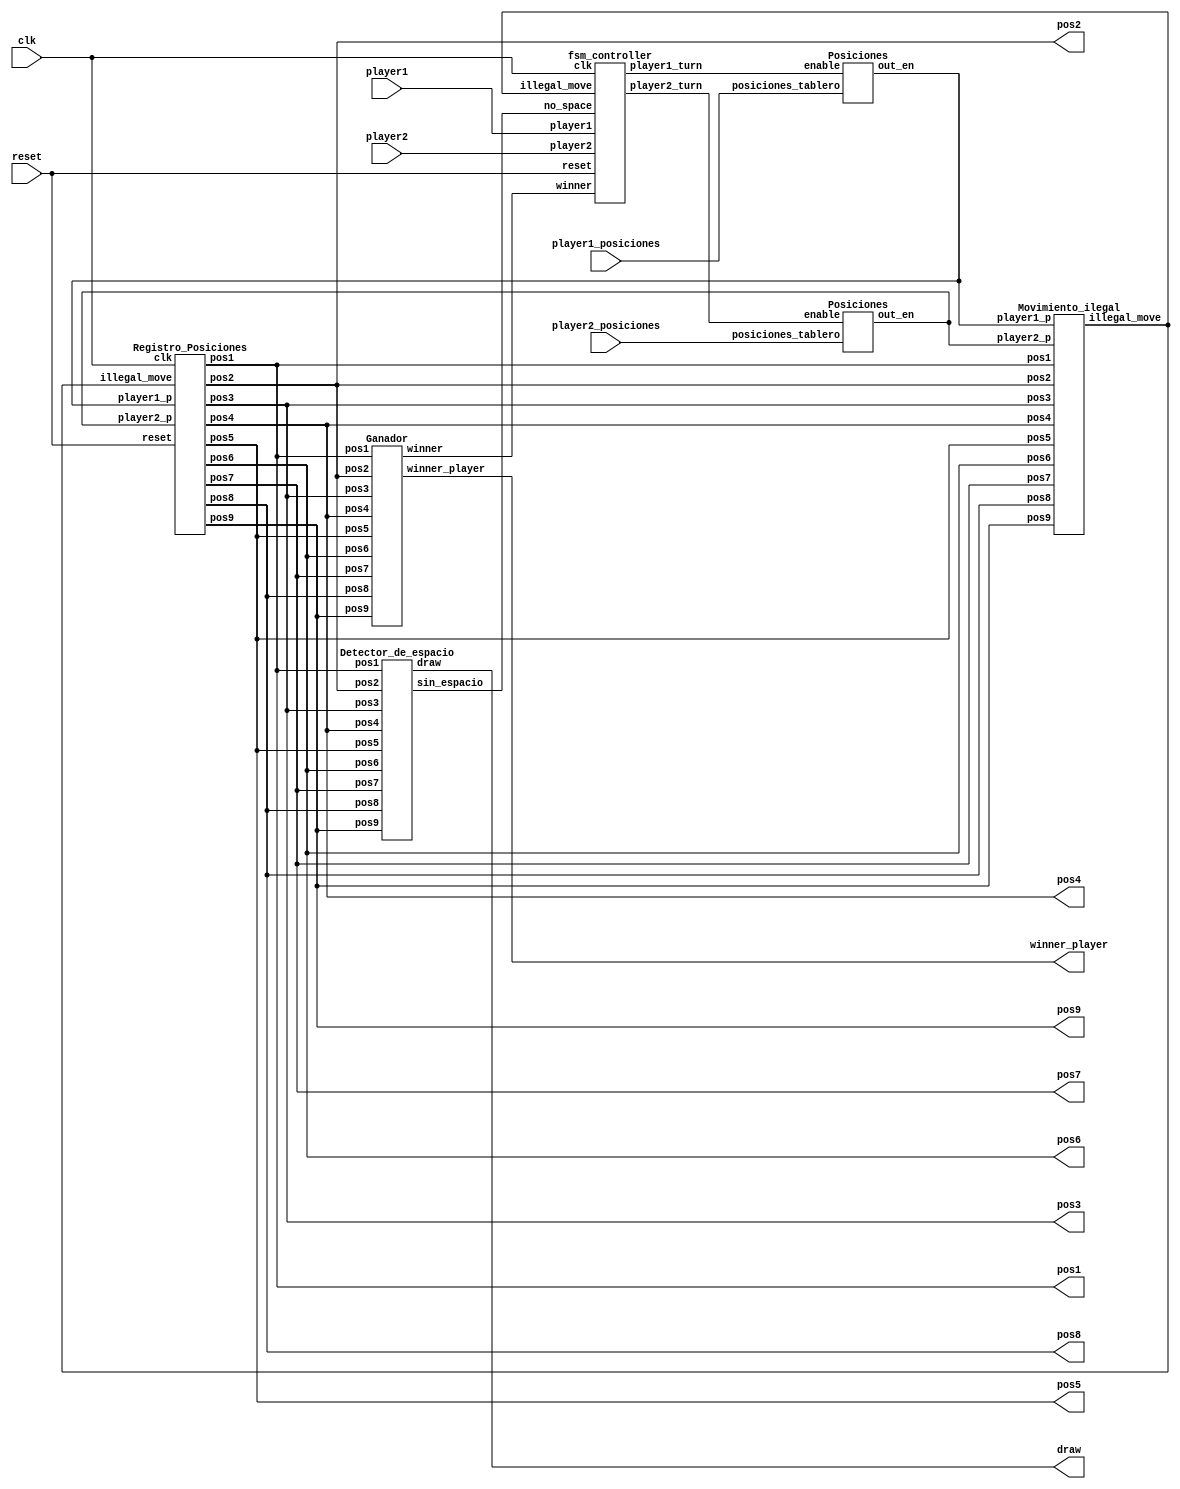
module TicTacToe(
    input clk,
    input reset, //boton reset
    input player1, //boton para que el player1 juegue
    input player2, //boton para que el player2 juegue
    input [8:0] player1_posiciones, 
    input [8:0] player2_posiciones,
    output [1:0] pos1,
    output [1:0] pos2,
    output [1:0] pos3,
    output [1:0] pos4,
    output [1:0] pos5,
    output [1:0] pos6,
    output [1:0] pos7,
    output [1:0] pos8,
    output [1:0] pos9,
    output [1:0] winner_player,
    output wire draw
);

    wire [8:0] player1_posicionesp;
    wire [8:0] player2_posicionesp;
    wire illegal_move;
    wire winner;
    wire player1_turn;
    wire player2_turn;
    wire sin_espacio;

    Registro_Posiciones registro_pos(
        clk,
        reset,
        illegal_move,
        player1_posicionesp,
        player2_posicionesp,
        pos1,
        pos2,
        pos3,
        pos4,
        pos5,
        pos6,
        pos7,
        pos8,
        pos9
    );

    Ganador ganador(
        pos1, pos2,pos3,pos4,pos5,pos6,pos7,pos8,pos9, winner, winner_player
    );

    Posiciones p1_decodificar (player1_posiciones, player1_turn, player1_posicionesp );

    Posiciones p2_decodificador (player2_posiciones, player2_turn, player2_posicionesp);

    Movimiento_ilegal mov_ilegal (pos1, pos2, pos3, pos4, pos5, pos6, pos7, pos8, pos9, 
                                    player1_posicionesp, player2_posicionesp, illegal_move);

    Detector_de_espacio de (pos1,pos2,pos3,pos4,pos5,pos6,pos7,pos8,pos9,sin_espacio,draw);
    fsm_controller maquina_estado( 
        reset,
        clk,
        player1,
        player2,
        illegal_move,
        sin_espacio,
        winner,
        player1_turn,
        player2_turn
    );

endmodule // TicTacToe

//fsm original
module fsm_controller(
    input reset,
    input clk,
    player1, 
    player2,
    illegal_move,
    no_space, 
    winner, 
    output reg player1_turn,
    player2_turn 
);
    // los estados del juego 
    parameter IDLE=2'b00;
    parameter PLAYER1=2'b01;
    parameter PLAYER2=2'b10;
    parameter GAME_DONE=2'b11;
    reg[1:0] curr_state, next_state;
    // Logica de estados 
    always @(posedge clk or posedge reset) 
    begin 
        if(reset)
        curr_state <= IDLE;
        else 
        curr_state <= next_state;
    end 
    // next state 
    always @(*)
    begin
        case(curr_state)
            IDLE: begin 
                if(reset==1'b0 && player1 == 1'b1)
                    next_state <= PLAYER1; 
                else 
                    next_state <= IDLE;
                    player1_turn <= 1'b0;
                    player2_turn <= 1'b0;
            end 
            PLAYER1:begin 
                player1_turn <= 1'b1;
                player2_turn <= 1'b0;
                if(illegal_move==1'b0)
                    next_state <= PLAYER2; 
                else 
                    next_state <= IDLE;
            end 
            PLAYER2:begin 
                player1_turn <= 1'b0;
                if(player2==1'b0) begin 
                    next_state <= PLAYER2;
                    player2_turn <= 1'b0;
                end
                else if(winner==1'b0 && no_space == 1'b0)
                begin 
                    next_state <= IDLE;
                    player2_turn <= 1'b1;
                end 
                else if(no_space == 1 || winner ==1'b1)
                begin 
                    next_state <= GAME_DONE; 
                    player2_turn <= 1'b1;
                end  
            end 
            GAME_DONE:begin // game done
                player1_turn <= 1'b0;
                player2_turn <= 1'b0; 
                if(reset==1'b1) 
                    next_state <= IDLE;// reset the game to IDLE 
                else 
                    next_state <= GAME_DONE;  
            end 
            default: next_state <= IDLE; 
        endcase
    end
endmodule 

//Registro de las posiciones

module Registro_Posiciones (
    input clk,
    input reset,
    input illegal_move,
    input [8:0] player1_p,
    input [8:0] player2_p,
    output reg [1:0] pos1, 
    output reg [1:0] pos2, 
    output reg [1:0] pos3, 
    output reg [1:0] pos4, 
    output reg [1:0] pos5, 
    output reg [1:0] pos6, 
    output reg [1:0] pos7, 
    output reg [1:0] pos8, 
    output reg [1:0] pos9
);
/*  Se debe evaluar si ha se ha apretado el boton de reset o si es un movimiento ilegal
    si no es movimiento ilegal entonces se evalua si el que juega es el player1 o el player2
    y en que posicion quiere jugar, luego se registra 01 cuando es player1 o 10 cuando es player2.
    hay que hacer esto por cada posicion (cada bit dentro del arreglo de 9 bits para p1 y p2), 
    es ac donde son utiles las seales del decodificador.
*/
//posicion 1
always @ (posedge clk or posedge reset)
begin
    if(reset)
        pos1 <= 2'b00;
    else 
        begin
            if(illegal_move == 1'b1)
                pos1 <= pos1; // se mantiene la posicion si es movimiento ilegal
            else if(player1_p[0] == 1'b1 )//si el bit en esta posicion del player1 esta encendido...
                pos1 <= 2'b01;
            else if (player2_p[0] == 1'b1)//si el bit en esta posicion del player2 esta encendido...
                pos1 <= 2'b10;
            else
                pos1 <= pos1;
        end
end

//posicion 2
always @ (posedge clk or posedge reset)
begin
    if(reset)
        pos2 <= 2'b00;
    else 
        begin
            if(illegal_move == 1'b1)
                pos2 <= pos2; // se mantiene la posicion si es movimiento ilegal
            else if(player1_p[1] == 1'b1)//si el bit en esta posicion del player1 esta encendido...
                pos2 <= 2'b01;
            else if (player2_p[1] == 1'b1)//si el bit en esta posicion del player2 esta encendido...
                pos2 <= 2'b10;
            else
                pos2 <= pos2;
        end
end

//posicion 3
always @ (posedge clk or posedge reset)
begin
    if(reset)
        pos3 <= 2'b00;
    else 
        begin
            if(illegal_move == 1'b1)
                pos3 <= pos3; // se mantiene la posicion si es movimiento ilegal
            else if(player1_p[2] == 1'b1)//si el bit en esta posicion del player1 esta encendido...
                pos3 <= 2'b01;
            else if(player2_p[2] == 1'b1) //si el bit en esta posicion del player2 esta encendido...
                pos3 <= 2'b10;
            else
                pos3 <= pos3;
        end
end

//posicion 4
always @ (posedge clk or posedge reset)
begin
    if(reset)
        pos4 <= 2'b00;
    else 
        begin
            if(illegal_move == 1'b1)
                pos4 <= pos4; // se mantiene la posicion si es movimiento ilegal
            else if(player1_p[3] == 1'b1)//si el bit en esta posicion del player1 esta encendido...
                pos4 <= 2'b01;
            else if (player2_p[3] == 1'b1)//si el bit en esta posicion del player2 esta encendido...
                pos4 <= 2'b10;
            else
                pos4 <= pos4;
        end
end

//posicion 5
always @ (posedge clk or posedge reset)
begin
    if(reset)
        pos5 <= 2'b00;
    else 
        begin
            if(illegal_move == 1'b1)
                pos5 <= pos5; // se mantiene la posicion si es movimiento ilegal
            else if(player1_p[4] == 1'b1)//si el bit en esta posicion del player1 esta encendido...
                pos5 <= 2'b01;
            else if (player2_p[4] == 1'b1)//si el bit en esta posicion del player2 esta encendido...
                pos5 <= 2'b10;
            else
                pos5 <= pos5;
        end
end

//posicion 6
always @ (posedge clk or posedge reset)
begin
    if(reset)
        pos6 <= 2'b00;
    else 
        begin
            if(illegal_move == 1'b1)
                pos6 <= pos6; // se mantiene la posicion si es movimiento ilegal
            else if(player1_p[5] == 1'b1)//si el bit en esta posicion del player1 esta encendido...
                pos6 <= 2'b01;
            else if (player2_p[5] == 1'b1)//si el bit en esta posicion del player2 esta encendido...
                pos6 <= 2'b10;
            else
                pos6 <= pos6;
        end
end

//posicion 7
always @ (posedge clk or posedge reset)
begin
    if(reset)
        pos7 <= 2'b00;
    else 
        begin
            if(illegal_move == 1'b1)
                pos7 <= pos7; // se mantiene la posicion si es movimiento ilegal
            else if(player1_p[6] == 1'b1)//si el bit en esta posicion del player1 esta encendido...
                pos7 <= 2'b01;
            else if (player2_p[6] == 1'b1)//si el bit en esta posicion del player2 esta encendido...
                pos7 <= 2'b10;
            else
                pos7 <= pos7;
        end
end

//posicion 8
always @ (posedge clk or posedge reset)
begin
    if(reset)
        pos8 <= 2'b00;
    else 
        begin
            if(illegal_move == 1'b1)
                pos8 <= pos8; // se mantiene la posicion si es movimiento ilegal
            else if(player1_p[7] == 1'b1)//si el bit en esta posicion del player1 esta encendido...
                pos8 <= 2'b01;
            else if (player2_p[7] == 1'b1)//si el bit en esta posicion del player2 esta encendido...
                pos8 <= 2'b10;
            else
                pos8 <= pos8;
        end
end

//posicion 9
always @ (posedge clk or posedge reset)
begin
    if(reset)
        pos9 <= 2'b00;
    else 
        begin
            if(illegal_move == 1'b1)
                pos9 <= pos9; // se mantiene la posicion si es movimiento ilegal
            else if(player1_p[8] == 1'b1)//si el bit en esta posicion del player1 esta encendido...
                pos9 <= 2'b01;
            else if (player2_p[8] == 1'b1)//si el bit en esta posicion del player2 esta encendido...
                pos9 <= 2'b10;
            else
                pos9 <= pos9;
        end
end

endmodule //

//decoder

module Posiciones(
    input[8:0] posiciones_tablero, 
    input enable, 
    output wire [8:0] out_en
);
    reg[8:0] temp1;
    assign out_en = (enable==1'b1)?temp1:9'b000000000;

    /*se decodifican las posiciones para que el proceso de detectar espacio, movimiento ilegal y 
        ganador sea mas facil al analizar bit encendido por posicion. 
        Recordar que se usan registros de 4 bits para almacenar la2 9 combinaciones de las 9 posiciones
        el mayor valor representado por los 4 bits son 16 valores, es por eso que se codifican
        los 16 valores de los cuales luego solo se usan 9.
    */

    always @(*)
    begin
        case(posiciones_tablero)
            9'b000000000: temp1 <= 9'b000000000;
            9'b000000001: temp1 <= 9'b000000001; 
            9'b000000010: temp1 <= 9'b000000010;
            9'b000000100: temp1 <= 9'b000000100;
            9'b000001000: temp1 <= 9'b000001000;
            9'b000010000: temp1 <= 9'b000010000;
            9'b000100000: temp1 <= 9'b000100000;
            9'b001000000: temp1 <= 9'b001000000;
            9'b010000000: temp1 <= 9'b010000000;
            9'b100000000: temp1 <= 9'b100000000;
            default: temp1 <= 9'b000000000; 
        endcase 
    end 
endmodule 

//Ganador

module Ganador(
    input[1:0] pos1,
    input[1:0] pos2,
    input[1:0] pos3,
    input[1:0] pos4,
    input[1:0] pos5,
    input[1:0] pos6,
    input[1:0] pos7,
    input[1:0] pos8,
    input[1:0] pos9,
    output winner,
    output [1:0] winner_player
    
);
    /*Las condiciones en las que se gana son cuando se hace 3 en linea:
        (1,2,3), (4,5,6), (7,8,9), (1,4,7),(2,5,8), (3,6,9), (1,5,9), (3,5,7)
     */
    wire win1, win2, win3, win4, win5, win6, win7, win8;
    wire [1:0] winner_player1, winner_player2, winner_player3, winner_player4,winner_player5, winner_player6,winner_player7,winner_player8;

    Ganador_AUX f1(pos1, pos2, pos3, win1, winner_player1); //(1,2,3)
    Ganador_AUX f2(pos4, pos5, pos6, win2, winner_player2); //(4,5,6)
    Ganador_AUX f3(pos7, pos8, pos9, win3, winner_player3); //(7,8,9)
    Ganador_AUX f4(pos1, pos4, pos7, win4, winner_player4); //(1,4,7)
    Ganador_AUX f5(pos2, pos5, pos8, win5, winner_player5); //(2,5,8)
    Ganador_AUX f6(pos3, pos6, pos9, win6, winner_player6); //(3,6,9)
    Ganador_AUX f7(pos1, pos5, pos9, win7, winner_player7); //(1,5,9)
    Ganador_AUX f8(pos3, pos5, pos7, win8, winner_player8); //(3,5,7)

    assign winner = (((((((win1 | win2) | win3) | win4) | win5) | win6) | win7) | win8);
    assign winner_player = (((((((winner_player1 | winner_player2) | winner_player3) 
                                    | winner_player4) | winner_player5) | winner_player6) 
                                    | winner_player7) | winner_player8);

endmodule // Ganador

module Ganador_AUX(
    input [1:0] pos0,
    input [1:0] pos1, 
    input [1:0] pos2,
    output winner,
    output [1:0] winner_player
);
    wire [1:0] t0, t1, t2;
    wire winner_;

    assign t0[1] = !(pos0[1]^pos1[1]);
    assign t0[0] = !(pos0[0]^pos1[0]);
    assign t1[1] = !(pos2[1]^pos1[1]);
    assign t1[0] = !(pos2[0]^pos1[0]);
    assign t2[1] = t0[1] & t1[1];
    assign t2[0] = t0[0] & t1[0];
    assign winner_ = pos0[1] | pos0[0];
    // winner if 3 positions are similar and should be 01 or 10 
    assign winner = winner_ & t2[1] & t2[0];
    // determine who the winner is 
    assign winner_player[1] = winner & pos0[1];
    assign winner_player[0] = winner & pos0[0];

endmodule // Ganador_AUX

//Detector espacios

module Detector_de_espacio (
    input [1:0] pos1,
    input [1:0] pos2,
    input [1:0] pos3,
    input [1:0] pos4,
    input [1:0] pos5,
    input [1:0] pos6,
    input [1:0] pos7,
    input [1:0] pos8,
    input [1:0] pos9,
    output wire sin_espacio,
    output wire draw
);

wire pos1_space;
wire pos2_space;
wire pos3_space;
wire pos4_space;
wire pos5_space; 
wire pos6_space;
wire pos7_space;
wire pos8_space;
wire pos9_space;

/*Si alguna de las posiciones est vaca el resultado de sin_espacio ser 0 
    pero si todas las posiciones estn tomadas los pos_space sern 1 por lo tanto
    sin_espacio ser 1.
*/

assign pos1_space = pos1[1] | pos1[0];
assign pos2_space = pos2[1] | pos2[0];
assign pos3_space = pos3[1] | pos3[0];
assign pos4_space = pos4[1] | pos4[0];
assign pos5_space = pos5[1] | pos5[0];
assign pos6_space = pos6[1] | pos6[0];
assign pos7_space = pos7[1] | pos7[0];
assign pos8_space = pos8[1] | pos8[0];
assign pos9_space = pos9[1] | pos9[0];

assign sin_espacio = ((((((((pos1_space & pos2_space) & pos3_space) & pos4_space) 
                            & pos5_space) & pos6_space) & pos7_space) & pos8_space) & pos9_space);
assign draw = sin_espacio;
endmodule

//Movimiento ilegal

module Movimiento_ilegal(
    input [1:0] pos1,
    input [1:0] pos2,
    input [1:0] pos3,
    input [1:0] pos4,
    input [1:0] pos5,
    input [1:0] pos6,
    input [1:0] pos7,
    input [1:0] pos8,
    input [1:0] pos9,
    input [8:0] player1_p,
    input [8:0] player2_p,
    output wire illegal_move
);

    wire p1_mi1;
    wire p1_mi2;
    wire p1_mi3;
    wire p1_mi4;
    wire p1_mi5;
    wire p1_mi6;
    wire p1_mi7;
    wire p1_mi8;
    wire p1_mi9;

    wire p2_mi1;
    wire p2_mi2;
    wire p2_mi3;
    wire p2_mi4;
    wire p2_mi5;
    wire p2_mi6;
    wire p2_mi7;
    wire p2_mi8;
    wire p2_mi9;

    wire p1_mit;
    wire p2_mit;
    //cuando la posicion este tomada y un jugador quiera jugarla el resultado para p1_mi sera 1

    //player1 movimiento ilegal por posicion
    assign p1_mi1 = (pos1[1] | pos1[0]) & player1_p[0];
    assign p1_mi2 = (pos2[1] | pos2[0]) & player1_p[1];
    assign p1_mi3 = (pos3[1] | pos3[0]) & player1_p[2];
    assign p1_mi4 = (pos4[1] | pos4[0]) & player1_p[3];
    assign p1_mi5 = (pos5[1] | pos5[0]) & player1_p[4];
    assign p1_mi6 = (pos6[1] | pos6[0]) & player1_p[5];
    assign p1_mi7 = (pos7[1] | pos7[0]) & player1_p[6];
    assign p1_mi8 = (pos8[1] | pos8[0]) & player1_p[7];
    assign p1_mi9 = (pos9[1] | pos9[0]) & player1_p[8];

    //player2 movimiento ilegal por posicion
    assign p2_mi1 = (pos1[1] | pos1[0]) & player2_p[0];
    assign p2_mi2 = (pos2[1] | pos2[0]) & player2_p[1];
    assign p2_mi3 = (pos3[1] | pos3[0]) & player2_p[2];
    assign p2_mi4 = (pos4[1] | pos4[0]) & player2_p[3];
    assign p2_mi5 = (pos5[1] | pos5[0]) & player2_p[4];
    assign p2_mi6 = (pos6[1] | pos6[0]) & player2_p[5];
    assign p2_mi7 = (pos7[1] | pos7[0]) & player2_p[6];
    assign p2_mi8 = (pos8[1] | pos8[0]) & player2_p[7];
    assign p2_mi9 = (pos9[1] | pos9[0]) & player2_p[8];

    //player1 y player2 movimiento ilegal
    assign p1_mit = ((((((((p1_mi1 | p1_mi2 ) | p1_mi3) | p1_mi4) | p1_mi5) | p1_mi6) | p1_mi7) | p1_mi8) | p1_mi9); 
    assign p2_mit = ((((((((p2_mi1 | p2_mi2 ) | p2_mi3) | p2_mi4) | p2_mi5) | p2_mi6) | p2_mi7) | p2_mi8) | p2_mi9);

    //verificar si hay movimiento ilegal del player1 o player2
    assign illegal_move = p1_mit | p2_mit;

endmodule // Movimiento_ilegal